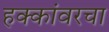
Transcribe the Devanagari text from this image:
हक्कांवरचा